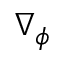
\nabla _ { \phi }